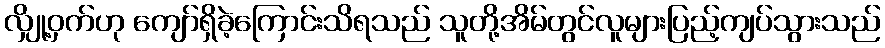
လျှို့ဝှက်ဟု ကျော်ရှိခဲ့ကြောင်းသိရသည် သူတို့အိမ်တွင်လူများပြည့်ကျပ်သွားသည်